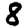
Digit: 8